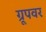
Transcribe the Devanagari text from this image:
ग्रूपवर